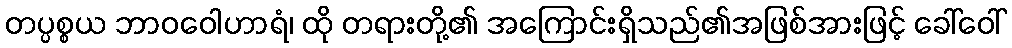
တပ္ပစ္စယ ဘာဝဝေါဟာရံ၊ ထို တရားတို့၏ အကြောင်းရှိသည်၏အဖြစ်အားဖြင့် ခေါ်ဝေါ်